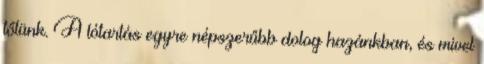
tőlünk. A lótartás egyre népszerűbb dolog hazánkban, és mivel